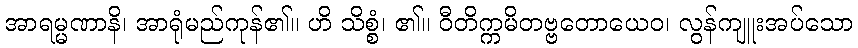
အာရမ္မဏာနိ၊ အာရုံမည်ကုန်၏။ ဟိ သိစ္စံ၊ ၏။ ဝီတိက္ကမိတဗ္ဗတောယေဝ၊ လွန်ကျူးအပ်သော